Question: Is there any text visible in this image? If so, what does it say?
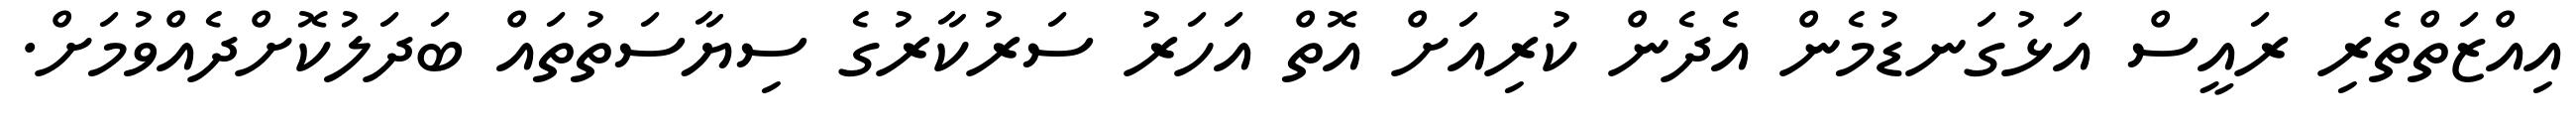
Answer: އިއްޒަތްތެރި ރައީސް އަޅުގަނޑުމެން އެދެން ކުރިއަށް އޮތް އަހަރު ސަރުކާރުގެ ސިޔާސަތުތައް ބަދަލުކޮށްދެއްވުމަށް.